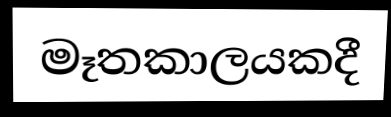
මෑතකාලයකදී